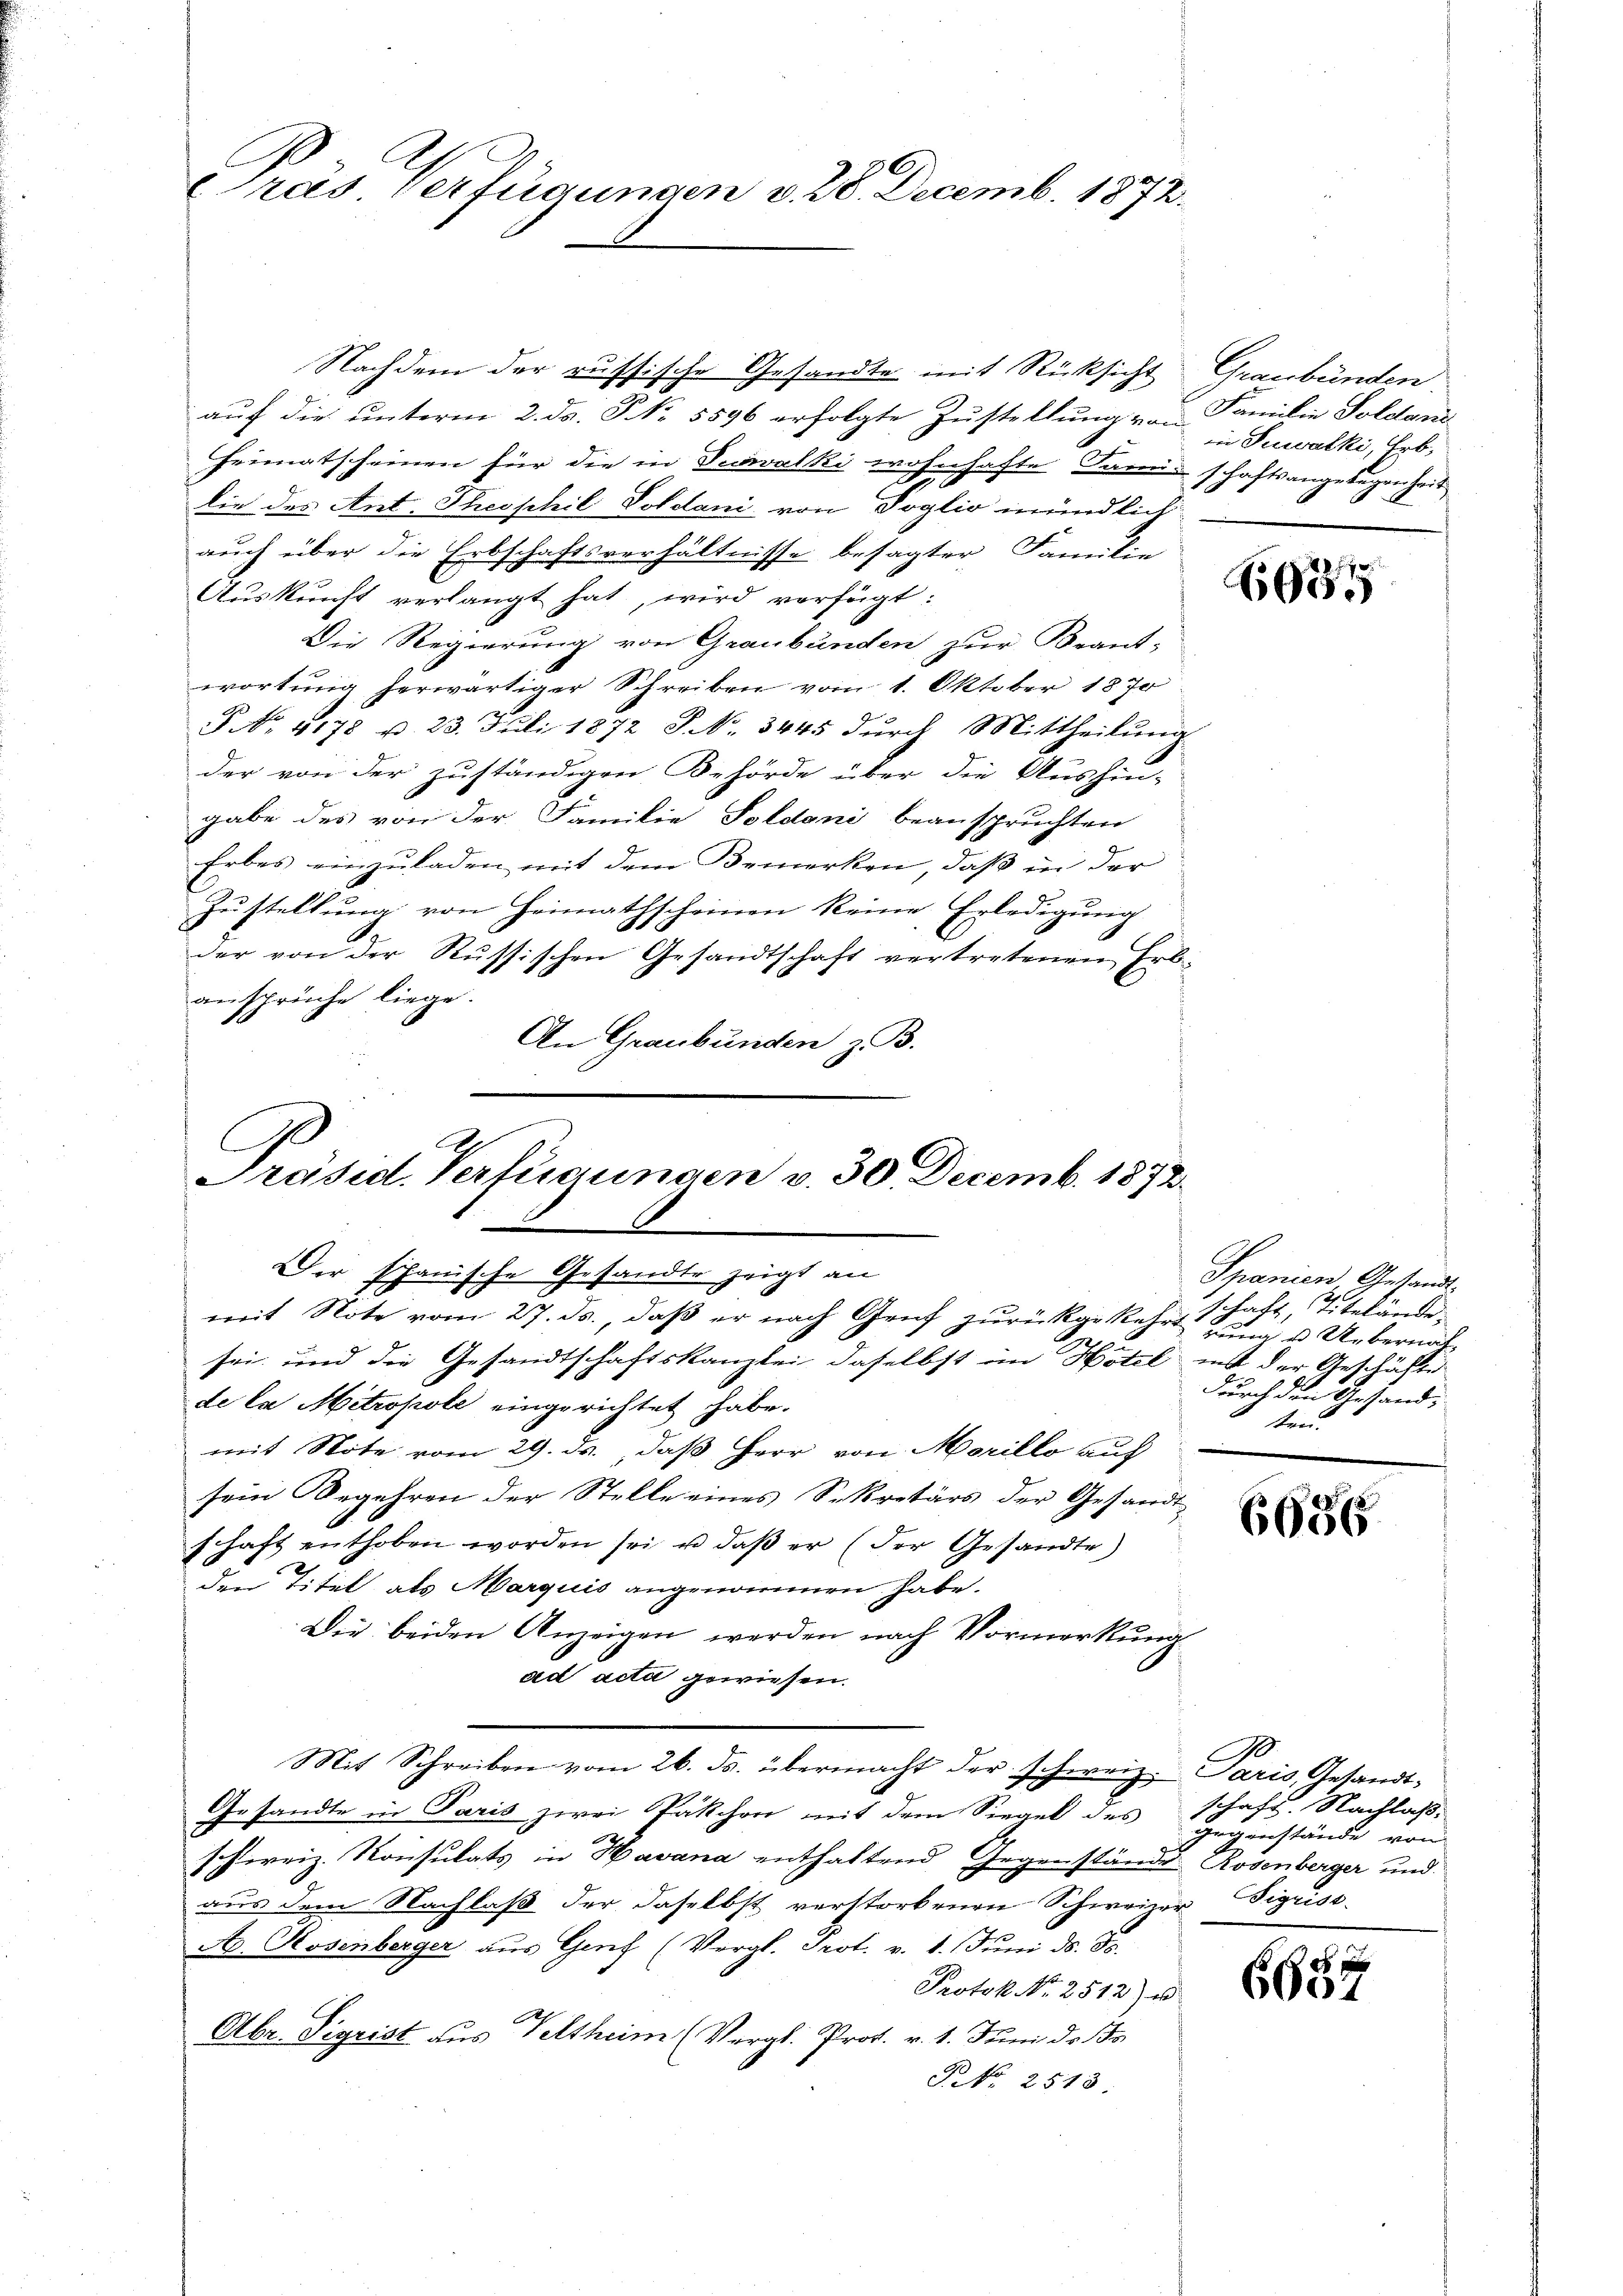
Prás Verfügungen v. 28. Decemb. 1872.

Nachdem der russische Gesandte mit Rücksicht Graubünden
auf die unterm 2. ds. S. 5596 erfolgte Zustellung von Familie Soldani
Heimatscheinen für die in Tuwalki wohnhafte Sanitschaftsangelegen Zeit
E
lie des Ant. Theophil Soldani von Voglio mündlich
auch über die Erbschaftsverhältnisse besagter Familie
Auskunft verlangt hat, wird verfügt:
Die Regierung von Graubünden zur Beant-
wortung herwärtiger Schreiben vom 1. Oktober 1870
§ No. 4178 u. 23. Juli 1872 P. No. 3445 durch Mittheilung
der von der zuständigen Behörde über die Aushin-
gabe des von der Familie Soldani beanspruchten
Erbes einzuladen mit dem Bemerken, daß in der
Zustellung von Heimathscheinen keine Erledigung
.
der von der Russischen Gesandtschaft vertretenen Erb
ansprüche liege.
An Graubünden z. B.

Präsid. Verfügungen v. 30. Decemb. 1872
Der phanische Gesandte zeigt an
mit Note vom 27. ds., daß er nach Genf zurückgekehrt una u. Uebernache
sei, und die Gesandtschaftskanzlei daselbst im Hotel ist der Geschäfte

de la Mitropole eingerichtet habe.
mit Note vom 29. ds., daß Herr von Morillo auf
sein Begehren der Stelle eines Sekretärs der Gesandt-
schaft enthoben worden sei, u. daß er (der Gesandte)
den Titel als Marquis angenommen habe.
Die beiden Anzeigen werden nach Vormerkung
ad acta gewiesen.
Mit Schreiben vom 26. ds. übermacht der schweiz. Paris, Gesandt-
Gesandte in Paris zwei Päkchen mit dem Siegel des schaft. Nachlaß
Ehereiz. Konsulats in Havana enthaltend Gegenstände Rosenberger und
aus dem Nachlaß der daselbst verstorbenen Schweizer Sigrist¬
A. Rosenberger aus Genf (Vergl. Prot. v. 1. Juni d. Js.
Protok No. 2512) es
Abr. Sigrist aus Veltheim (Vergl. Prof. v. 1. Juni d. Js.
NNo. 2513

in Suwalki, Erb,

6635

Spanien Gesandt.
schaft, Titelände,
durch den Gesandten.

6686

gegenstände von

6657